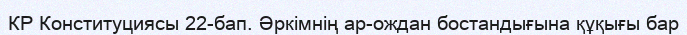
КР Конституциясы 22-бап. Әркiмнiң ар-ождан бостандығына құқығы бар